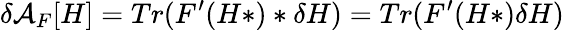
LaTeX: \delta{\cal A}_{F}[H]=Tr(F^{\prime}(H*)*\delta H)=Tr(F^{\prime}(H*)\delta H)